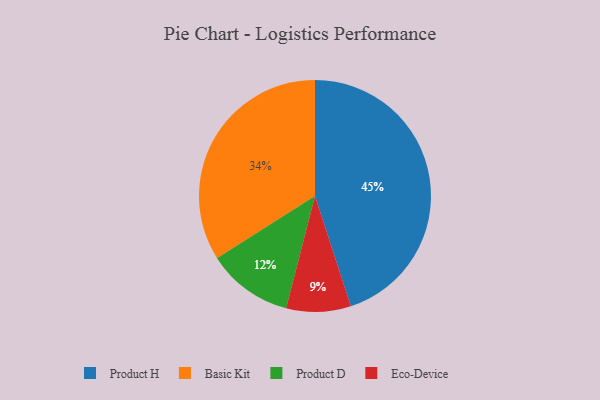
{"axis": {"x": "Category", "y": "Percentage"}, "legend": ["Basic Kit", "Eco-Device", "Product D", "Product H"], "data": [{"x": "Basic Kit", "y": 34, "type": "Basic Kit"}, {"x": "Eco-Device", "y": 9, "type": "Eco-Device"}, {"x": "Product D", "y": 12, "type": "Product D"}, {"x": "Product H", "y": 45, "type": "Product H"}]}